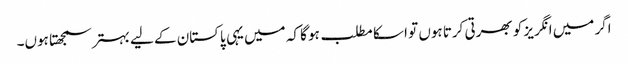
اگر میں انگریز کو بھرتی کرتا ہوں تو ا سکا مطلب ہو گا کہ میں یہی پاکستان کے لیے بہتر سمجھتا ہوں۔